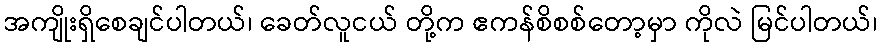
အကျိုးရှိစေချင်ပါတယ်၊ ခေတ်လူငယ် တို့က ဧကန်စိစစ်တော့မှာ ကိုလဲ မြင်ပါတယ်၊